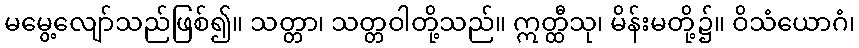
မမွေ့လျော်သည်ဖြစ်၍။ သတ္တာ၊ သတ္တဝါတို့သည်။ ဣတ္ထီသု၊ မိန်းမတို့၌။ ဝိသံယောဂံ၊